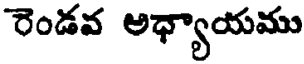
రెండవ అధ్యాయము